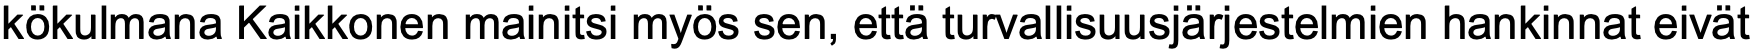
kökulmana Kaikkonen mainitsi myös sen, että turvallisuusjärjestelmien hankinnat eivät